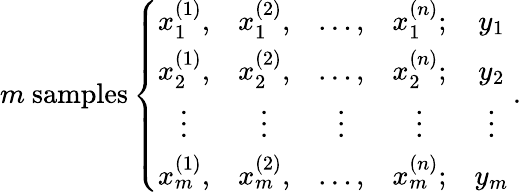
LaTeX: m\ \mathrm{samples}\left\{ \begin{array}{ccccc}{x_{1}^{(1)},}&{x_{1}^{(2)},}&{\ldots,}&{x_{1}^{(n)};}&{y_{1}}\\ {x_{2}^{(1)},}&{x_{2}^{(2)},}&{\ldots,}&{x_{2}^{(n)};}&{y_{2}}\\ {\vdots}&{\vdots}&{\vdots}&{\vdots}&{\vdots}\\ {x_{m}^{(1)},}&{x_{m}^{(2)},}&{\ldots,}&{x_{m}^{(n)};}&{y_{m}}\end{array}\right.\, .